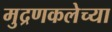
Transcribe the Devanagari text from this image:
मुद्रणकलेच्या